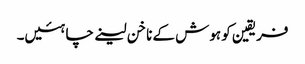
فریقین کو ہوش کے ناخن لینے چاہئیں۔